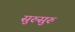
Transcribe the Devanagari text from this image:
सुरुसुरु